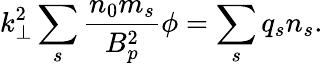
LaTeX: k_{\perp}^{2}\sum_{s}\frac{n_{0}m_{s}}{B_{p}^{2}}\phi=\sum_{s}q_{s}n_{s}.